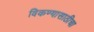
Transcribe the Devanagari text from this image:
विकण्यासाठीचा